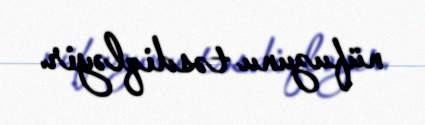
nüfuzunu təsdiqləyir.